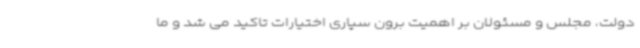
دولت، مجلس و مسئولان بر اهمیت برون سپاری اختیارات تاکید می شد و ما